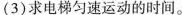
(3)求电梯匀速运动的时间。